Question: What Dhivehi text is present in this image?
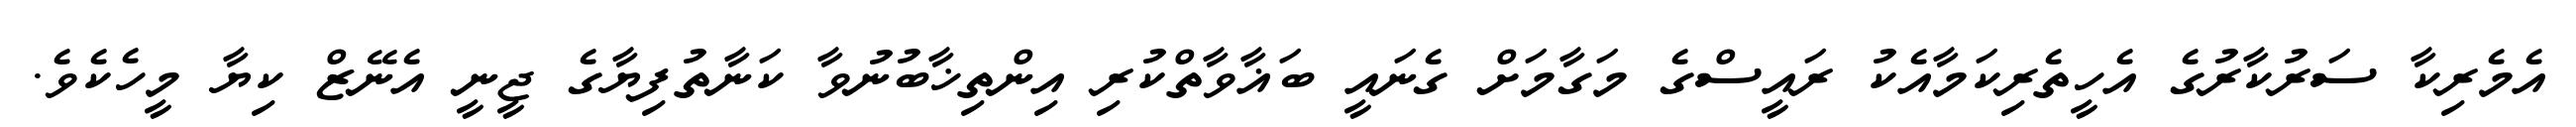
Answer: އެމެރިކާ ސަރުކާރުގެ އެހީތެރިކަމާއެކު ރައީސްގެ މަގާމަށް ގެނައީ ބަޣާވާތްކުރި އިންތިޚާބުނުވާ ކަނާތުފިޔާގެ ޖީނީ އެނޭޒް ކިޔާ މީހެކެވެ.